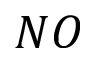
N O